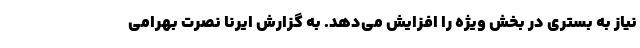
نیاز به بستری در بخش ویژه را افزایش می‌دهد. به گزارش ایرنا نصرت بهرامی